Indian journal of veterinary science and animal husbandry - Volumes 15-17, 1948-1951
Year: 1948
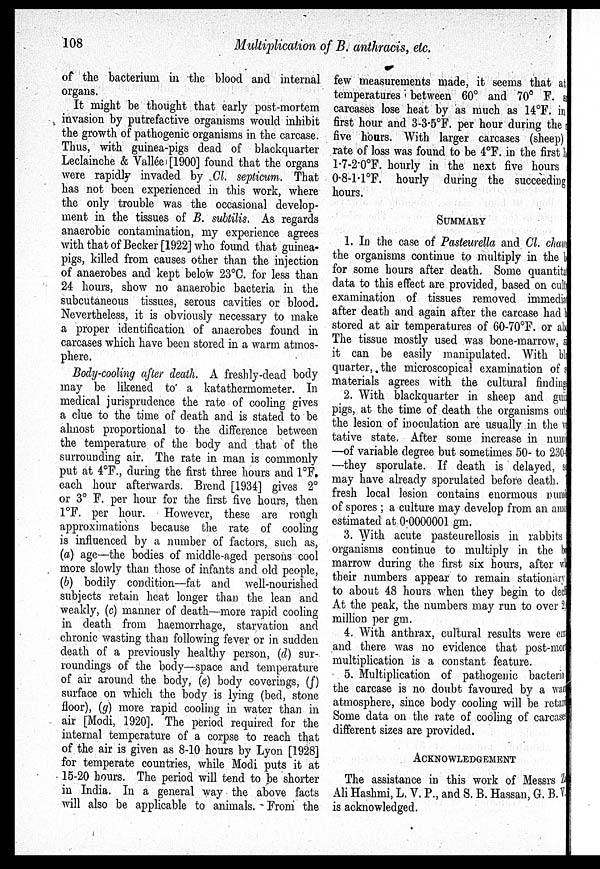
108
Multiplication of B. anthracis, etc.
of the bacterium in the blood and internal
organs.
It might be thought that early post-mortem
invasion by putrefactive organisms would inhibit
the growth of pathogenic organisms in the carcase.
Thus, with guinea-pigs dead of blackquarter
Leclainche & Vallée [1900] found that the organs
were rapidly invaded by Cl. septicum. That
has not been experienced in this work, where
the only trouble was the occasional develop-
ment in the tissues of B. subtilis. As regards
anaerobic contamination, my experience agrees
with that of Becker [1922] who found that guinea-
pigs, killed from causes other than the injection
of anaerobes and kept below 23ºC. for less than
24 hours, show no anaerobic bacteria in the
subcutaneous tissues, serous cavities or blood.
Nevertheless, it is obviously necessary to make
a proper identification of anaerobes found in
carcases which have been stored in a warm atmos-
phere.
Body-cooling after death. A freshly-dead body
may be likened to a katathermometer. In
medical jurisprudence the rate of cooling gives
a clue to the time of death and is stated to be
almost proportional to the difference between
the temperature of the body and that of the
surrounding air. The rate in man is commonly
put at 4ºF., during the first three hours and 1ºF,
each hour afterwards. Brend [1934] gives 2°
or 3° F. per hour for the first five hours, then
1°F. per hour. However, these are rough
approximations because the rate of cooling
is influenced by a number of factors, such as,
(a) age—the bodies of middle-aged persons cool
more slowly than those of infants and old people,
(b) bodily condition—fat and well-nourished
subjects retain heat longer than the lean and
weakly, (c) manner of death—more rapid cooling
in death from haemorrhage, starvation and
chronic wasting than following fever or in sudden
death of a previously healthy person, (d) sur-
roundings of the body—space and temperature
of air around the body, (e) body coverings, (f)
surface on which the body is lying (bed, stone
floor), (g) more rapid cooling in water than in
air [Modi, 1920]. The period required for the
internal temperature of a corpse to reach that
of the air is given as 8-10 hours by Lyon [1928]
for temperate countries, while Modi puts it at
15-20 hours. The period will tend to be shorter
in India. In a general way the above facts
will also be applicable to animals. From the
few measurements made, it seems that at
temperatures between 60º and 70º F. su
carcases lose heat by as much as 14°F. in
first hour and 3-3-5ºF. per hour during the
five hours. With larger carcases (sheep)
rate of loss was found to be 4°F. in the first h
1.7-2.0°F. hourly in the next five hours
0.8-1.1ºF. hourly during the succeeding
hours.
SUMMARY
1. In the case of Pasteurella and Cl. cham
the organisms continue to multiply in the
for some hours after death. Some quantita
data to this effect are provided, based on cult
examination of tissues removed immedia
after death and again after the carcase had
stored at air temperatures of 60-70°F. or ab
The tissue mostly used was bone-marrow,
it can be easily manipulated. With bl
quarter, the microscopical examination of
materials agrees with the cultural finding
2. With blackquarter in sheep and guit
pigs, at the time of death the organisms out
the lesion of inoculation are usually in the
tative state. After some increase in num
—of variable degree but sometimes 50- to 230
—they sporulate. If death is delayed,
may have already sporulated before death.
fresh local lesion contains enormous numl
of spores ; a culture may develop from an amo
estimated at 0.0000001 gm.
3. With acute pasteurellosis in rabbits
organisms continue to multiply in the
marrow during the first six hours, after wl
their numbers appear to remain stationary
to about 48 hours when they begin to ded
At the peak, the numbers may run to over 2.
million per gm.
4. With anthrax, cultural results were err
and there was no evidence that post-mo
multiplication is a constant feature.
5. Multiplication of pathogenic bacteria
the carcase is no doubt favoured by a wan
atmosphere, since body cooling will be retati
Some data on the rate of cooling of carcase
different sizes are provided.
ACKNOWLEDGEMENT
The assistance in this work of Messrs
Ali Hashmi, L. V. P., and S. B. Hassan, G. B. V.
is acknowledged.